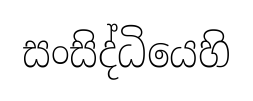
සංසිද්ධියෙහි